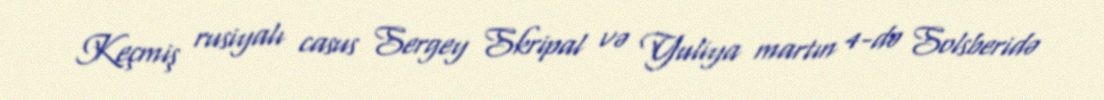
Keçmiş rusiyalı casus Sergey Skripal və Yuliya martın 4-də Solsberidə